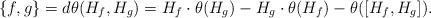
LaTeX: \begin{align*}\{ f ,g \} = d\theta (H_f ,H_g) = H_f\cdot\theta (H_g) -H_g\cdot\theta (H_f) - \theta ([ H_f,H_g ]).\end{align*}